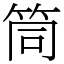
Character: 筒